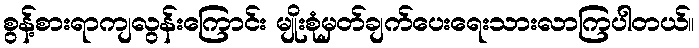
စွန့်စားရာကျလွန်းကြောင်း မျိုးစုံမှတ်ချက်ပေးရေးသားလာကြပါတယ်။